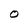
Character: O